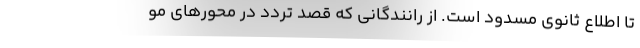
تا اطلاع ثانوی مسدود است. از رانندگانی که قصد تردد در محور‌های مو